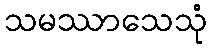
သမဿာသေသုံ